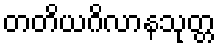
တတိယဂိလာနသုတ္တ